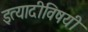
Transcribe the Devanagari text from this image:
इत्यादीविषयी